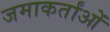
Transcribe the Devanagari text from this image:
जमाकर्तांओं